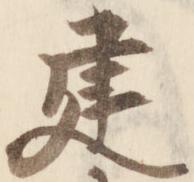
建